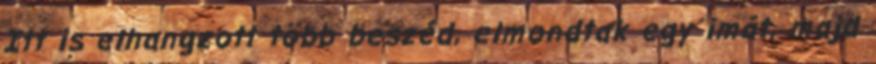
Itt is elhangzott több beszéd, elmondtak egy imát, majd